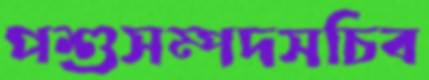
পশুসম্পদসচিব